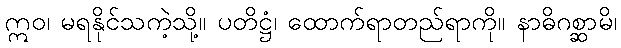
ဣဝ၊ မရနိုင်သကဲ့သို့။ ပတိဋ္ဌံ၊ ထောက်ရာတည်ရာကို။ နာဓိဂစ္ဆာမိ၊